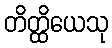
တိတ္ထိယေသု